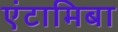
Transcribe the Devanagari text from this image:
एंटामिबा